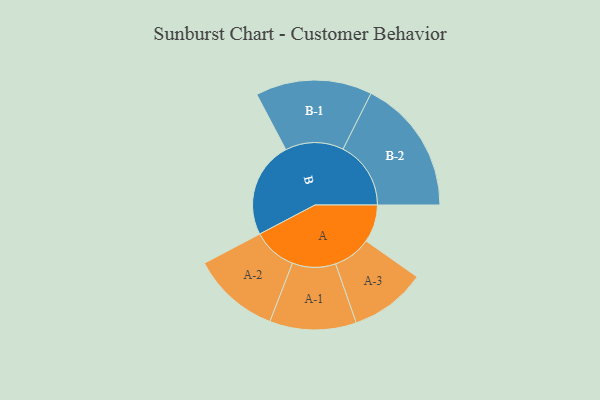
{"axis": {"x": "Segment", "y": "Value"}, "legend": ["", "A", "B"], "data": [{"x": "A", "y": 164, "type": ""}, {"x": "B", "y": 420, "type": ""}, {"x": "A-1", "y": 189, "type": "A"}, {"x": "A-2", "y": 192, "type": "A"}, {"x": "A-3", "y": 166, "type": "A"}, {"x": "B-1", "y": 254, "type": "B"}, {"x": "B-2", "y": 296, "type": "B"}]}